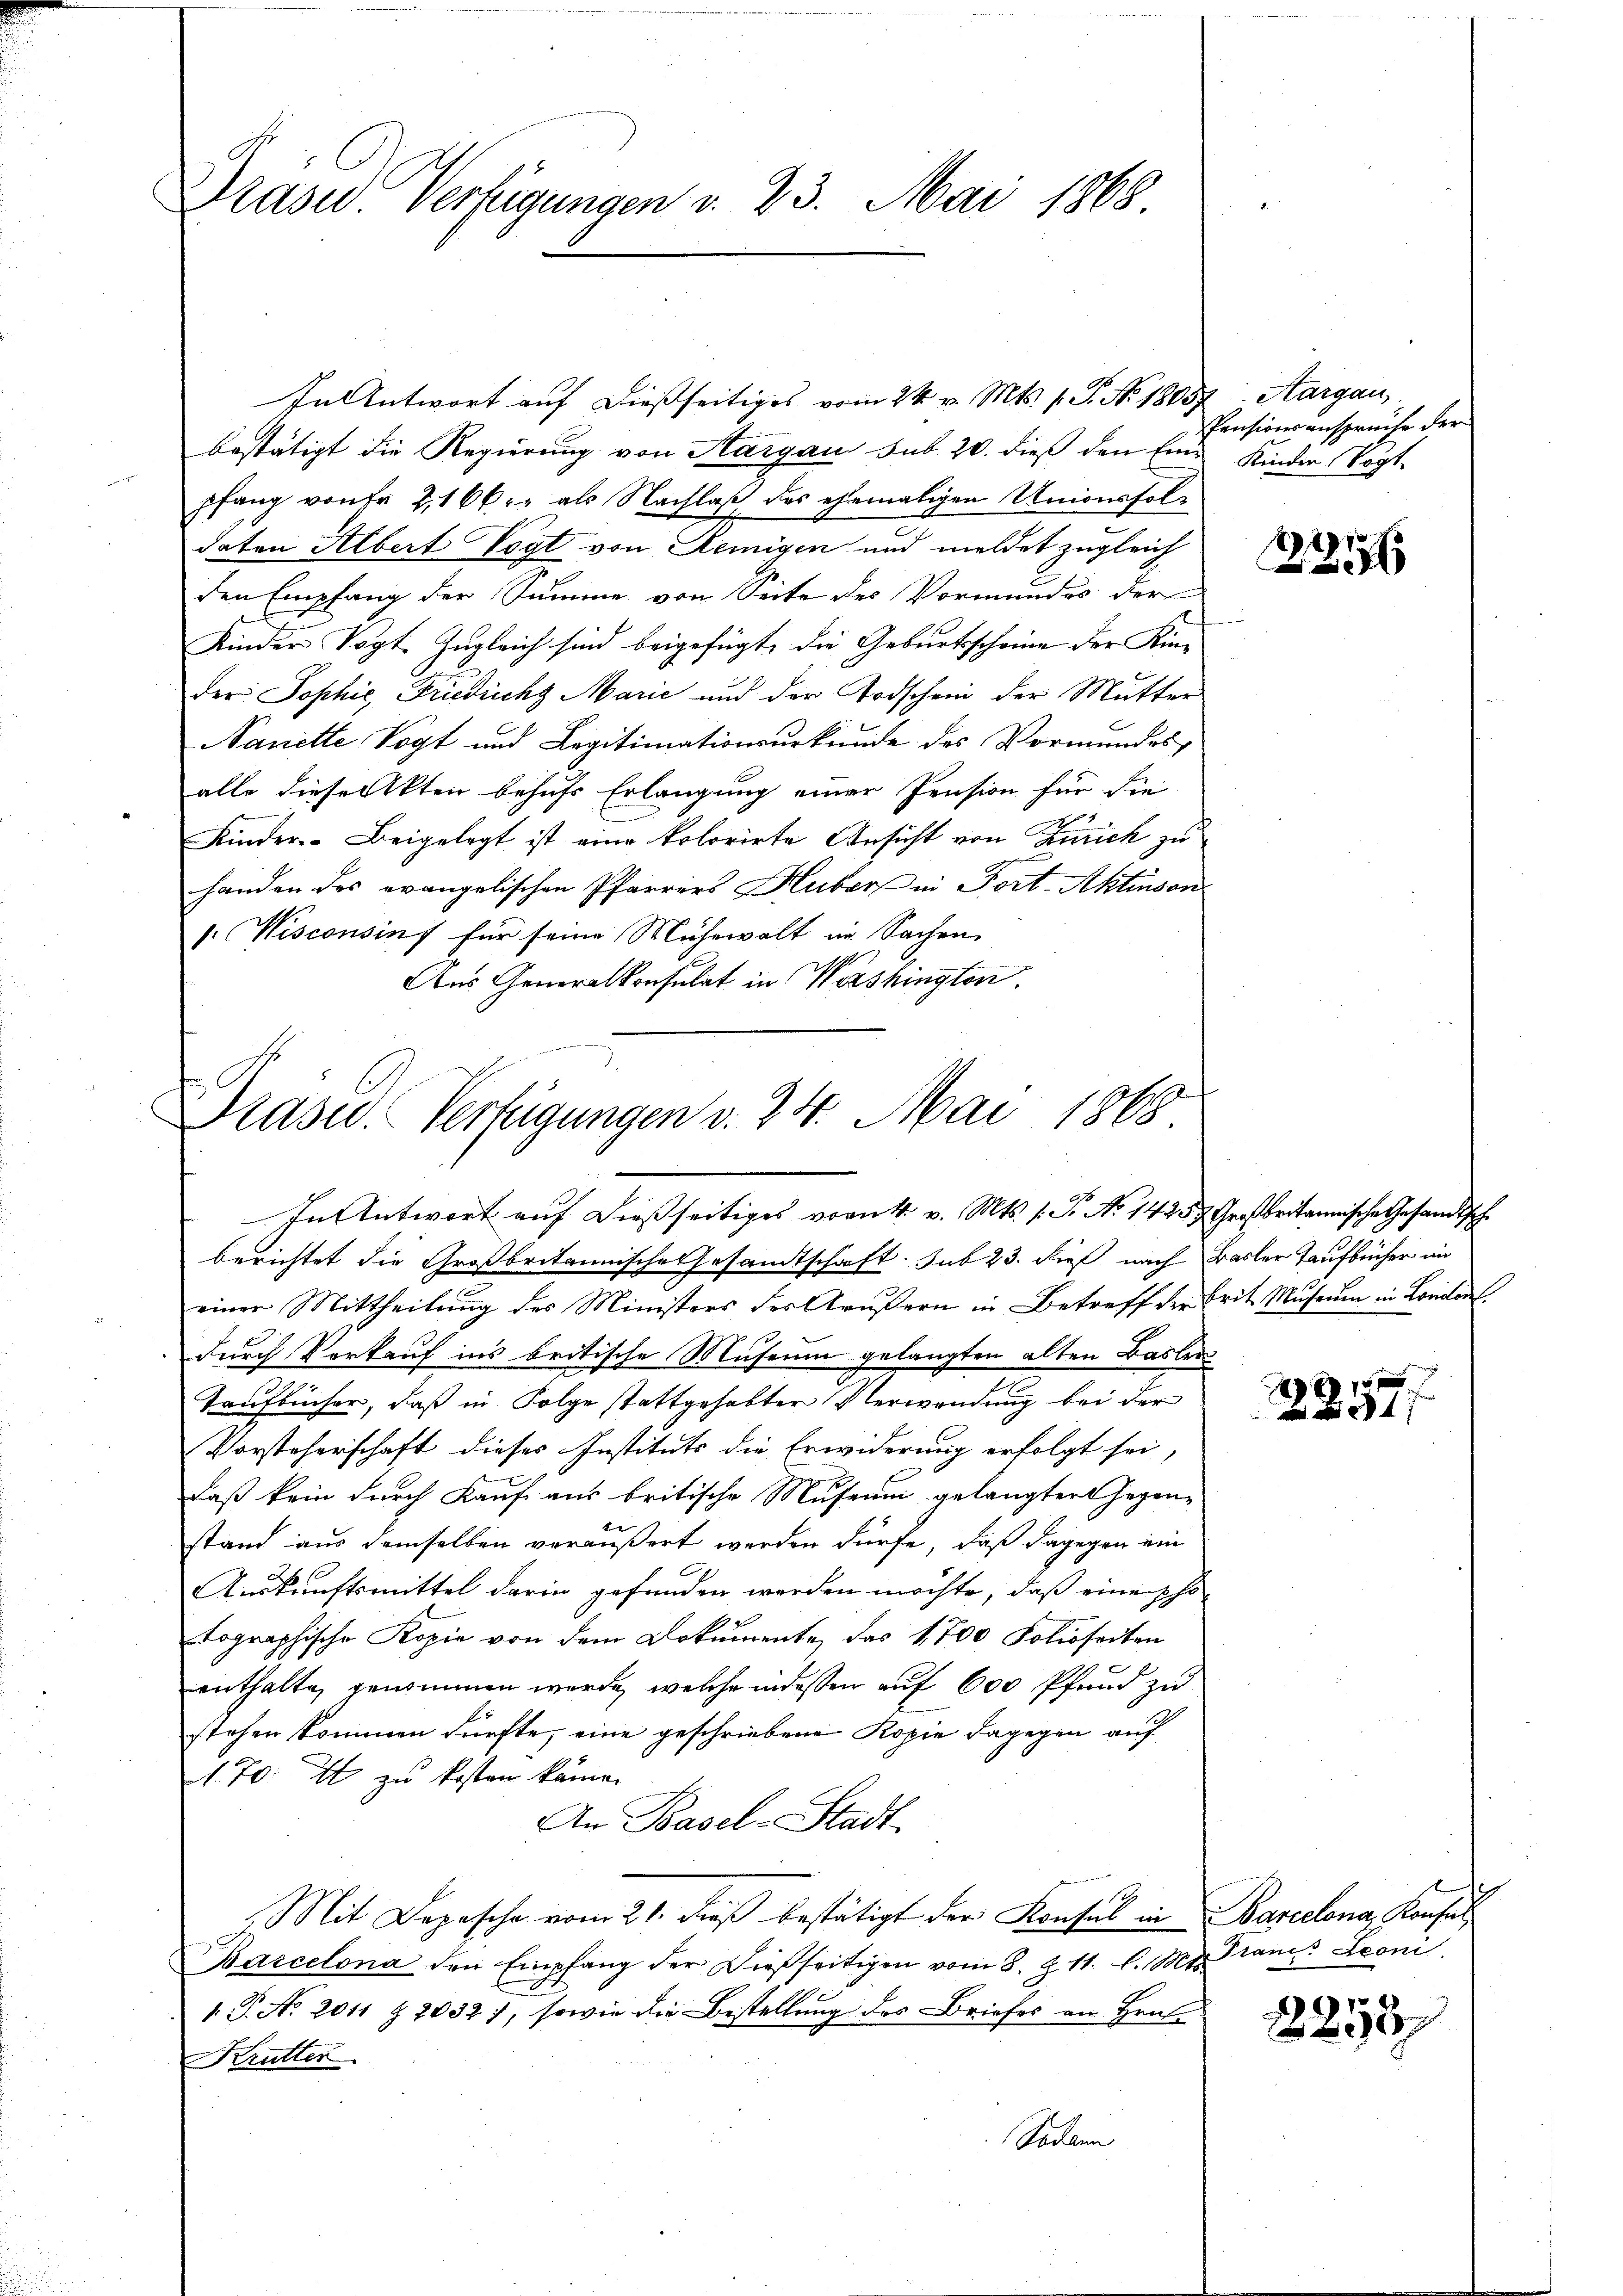
Drasid. Verfügungen v. 23. Mai 1868

In Antwort auf dießseitiges vom 24. v. Mts. f. P. Nr. 1803,
bestätigt die Regierung von Aargau sub 20. dieß den Eine Kinder Vogt-
pfang von Fr. 2166 r. als Nachlaß des ehemaligen Unionsfoldaten Albert Vogt von Remigen und meldet zugleich
den Empfang der Summe von Seite des Vormundes der
Kinder Vogt Zugleich sind beigefügt, die Geburtsscheine der Kinder Sophie, Friedricht Marie und der Todschein der Mutter
Nanette Vogt und Legitimationsurkunde des Vormundes,
alle diese Akten behufs Erlangung einer Pension für die
Kinder- Beigelegt ist eine kolorirte Ansicht von Zürich zu
handen des evangelischen Pfarrers Huber in Port-Aktenson
: Nisconsins für seine Mühewalt in Sachen
Aus Generalkonsulat in Wershington.

Präsid. Verfügungen v. 24. Mai 1868
In Antwort auf dießseitiges vornt. v. Mts. 1. Fr. No 1425. Großbritannische Gesandtsche

berichtet die Großbritannische Gesandtschaft. sub 23. dieß nach Basler Taufbücher im
einer Mittheilung des Ministers der Aeußern in Betreff der Brit Museum in London.
durch Verkauf ins britische Museum gelangten alten Basler
Taufbücher, daß in Folge stattgehabter Verwendung bei der
Vorsteherschaft dieses Instituts die Erwiderung erfolgt sei,
daß kein durch Kauf aus britische Museum gelangten Gegen-
stand aus demselben veräußert werden dürfe, daß dagegen ein
Auskunftsmittel darin gefunden werden möchte, daß eine Photographische Kopie von dem Dokumente, das 1,700 Folioseiten
enthalte, genommen werde, welche indessen auf 600 Pfund zu
stehen kommen dürfte, eine geschriebene Kopie dagegen auf
A. 70. I zu kosten könne.
An Basel-Stadt
Mit Depesche vom 21. dieβ bestätigt der Konsul in Barcelona Konsul
Barcelona den Empfang der dießseitigen vom 8. Z. 11. l. Mts. Stana Leoni
1 J. No 2011 § 20327, sowie die Bestellung des Briefes an Hrn.
Krütter.
Sodann

Aargau,
Pensionsanspreche der

27
x

x

2255